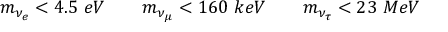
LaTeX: m _ { \nu _ { e } } < 4 . 5 \ e V \qquad m _ { \nu _ { \mu } } < 1 6 0 \ k e V \qquad m _ { \nu _ { \tau } } < 2 3 \ M e V